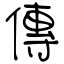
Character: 傳